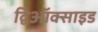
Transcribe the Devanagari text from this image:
द्विऑक्साइड